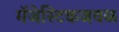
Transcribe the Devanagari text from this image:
मॅजेस्टिकजवळ